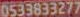
0533833277